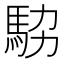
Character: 𩢊